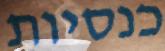
כנסיות